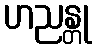
ဟညန္တု